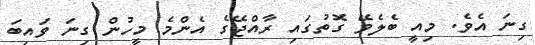
ގިނަ އެވެ. މިއީ ބެލެވޭ ގޮތުގައި ރާއްޖޭގެ އެންމެ މީހުން ގިނަ ވައިބަ